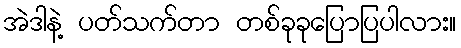
အဲဒါနဲ့ ပတ်သက်တာ တစ်ခုခုပြောပြပါလား။